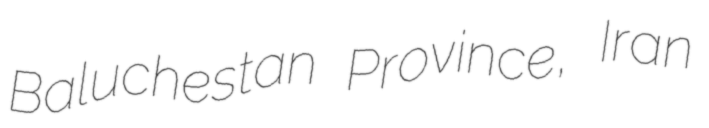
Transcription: Baluchestan Province, Iran